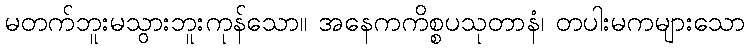
မတက်ဘူးမသွားဘူးကုန်သော။ အနေကကိစ္စပသုတာနံ၊ တပါးမကများသော